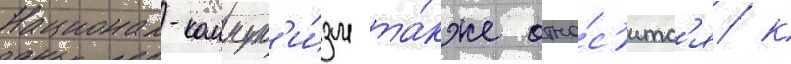
Национал-коммун'и́зм та́кже отно́с'итс'я к